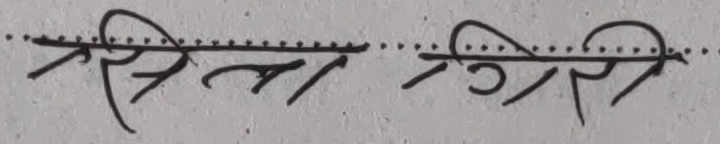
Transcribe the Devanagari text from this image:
सिन्ना सिर्सि